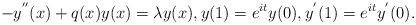
LaTeX: \begin{align*}-y^{^{\prime\prime}}(x)+q(x)y(x)=\lambda y(x),y(1)=e^{it}y(0),\text{}y^{^{\prime}}(1)=e^{it}y^{^{\prime}}(0).\end{align*}